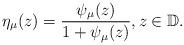
LaTeX: \begin{align*}\eta_{\mu}(z)=\frac{\psi_{\mu}(z)}{1+\psi_{\mu}(z)},z\in\mathbb{D}.\end{align*}